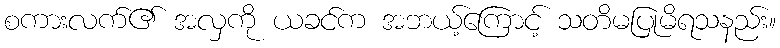
စကားလက်၏ အလှကို ယခင်က အဘယ့်ကြောင့် သတိမပြုမိရသနည်း။